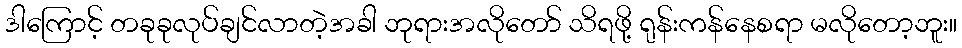
ဒါကြောင့် တခုခုလုပ်ချင်လာတဲ့အခါ ဘုရားအလိုတော် သိရဖို့ ရုန်းကန်နေစရာ မလိုတော့ဘူး။